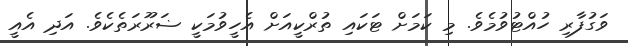
ވަގުފާރި ހުއްޓުވުމެވެ. މި ކަމަށް ޓަކައި ތުރްކީއަށް އެހީވުމަކީ ޟަރޫރަތެކެވެ. އަދި އެއީ